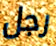
رجل